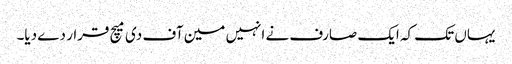
یہاں تک کہ ایک صارف نے انہیں مین آف دی میچ قرار دے دیا۔